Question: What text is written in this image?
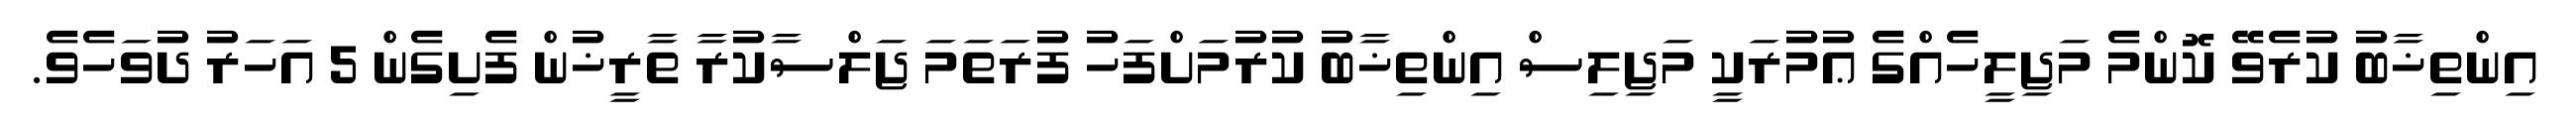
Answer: އިންތިޚާބު ކުރެވޭ ކޮންމެ މަޖިލީހެއްގެ ޢުމުރަކީ މަޖިލިސް އިންތިޚާބު ކުރުމަށްފަހު ފުރަތަމަ ޖަލްސާކުރާ ތާރީޚުން ފެށިގެން 5 އަހަރު ދުވަހެވެ.